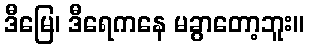
ဒီမြေ၊ ဒီရေကနေ မခွာတော့ဘူး။